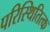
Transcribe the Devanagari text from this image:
परिस्थितित्क